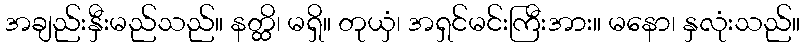
အချည်းနှီးမည်သည်။ နတ္ထိ၊ မရှိ။ တုယှံ၊ အရှင်မင်းကြီးအား။ မနော၊ နှလုံးသည်။